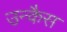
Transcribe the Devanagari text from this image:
उन्कैस